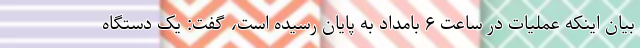
بیان اینکه عملیات در ساعت ۶ بامداد به پایان رسیده است، گفت: یک دستگاه